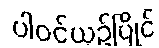
ပါဝင်ယှဉ်ပြိုင်